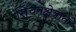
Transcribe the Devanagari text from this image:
सिंचनक्षेत्रात